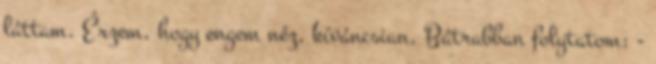
láttam. Érzem, hogy engem néz, kíváncsian. Bátrabban folytatom: -